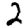
Digit: 2